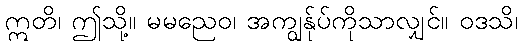
ဣတိ၊ ဤသို့။ မမညေဝ၊ အကျွန်ုပ်ကိုသာလျှင်။ ဝဒသိ၊